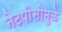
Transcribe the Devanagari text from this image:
नेटपीसीमुळे